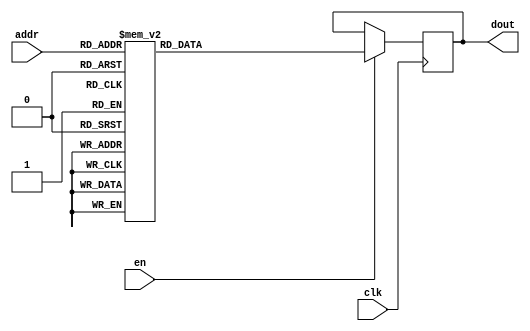
`timescale 1ns / 1ps
/*
Copyright
All right reserved.
Module Name: rom_syn
Author  : Zichuan Liu, Yixing Li and Wenye Liu.
Description:
A synthesized ROM: ROM_DEP x ROM_WID
*/
module EC_4_REF_SIGN_ROM_1(
// inputs
clk,
en,
addr,
// outputs
dout
);
localparam ROM_WID = 1;
localparam ROM_DEP = 256;
localparam ROM_ADDR = 8;
// input definition
input clk;
input en;
input [ROM_ADDR-1:0] addr;
// output definition
output [ROM_WID-1:0] dout;
reg [ROM_WID-1:0] data;
always @(posedge clk)
begin
if (en) begin
case(addr)
		8'd0: data <= 1'b1;
		8'd1: data <= 1'b1;
		8'd2: data <= 1'b1;
		8'd3: data <= 1'b1;
		8'd4: data <= 1'b1;
		8'd5: data <= 1'b1;
		8'd6: data <= 1'b1;
		8'd7: data <= 1'b1;
		8'd8: data <= 1'b1;
		8'd9: data <= 1'b1;
		8'd10: data <= 1'b1;
		8'd11: data <= 1'b1;
		8'd12: data <= 1'b1;
		8'd13: data <= 1'b1;
		8'd14: data <= 1'b1;
		8'd15: data <= 1'b1;
		8'd16: data <= 1'b1;
		8'd17: data <= 1'b1;
		8'd18: data <= 1'b1;
		8'd19: data <= 1'b1;
		8'd20: data <= 1'b1;
		8'd21: data <= 1'b1;
		8'd22: data <= 1'b1;
		8'd23: data <= 1'b1;
		8'd24: data <= 1'b1;
		8'd25: data <= 1'b1;
		8'd26: data <= 1'b1;
		8'd27: data <= 1'b1;
		8'd28: data <= 1'b1;
		8'd29: data <= 1'b1;
		8'd30: data <= 1'b1;
		8'd31: data <= 1'b1;
		8'd32: data <= 1'b1;
		8'd33: data <= 1'b1;
		8'd34: data <= 1'b1;
		8'd35: data <= 1'b1;
		8'd36: data <= 1'b1;
		8'd37: data <= 1'b1;
		8'd38: data <= 1'b1;
		8'd39: data <= 1'b1;
		8'd40: data <= 1'b1;
		8'd41: data <= 1'b1;
		8'd42: data <= 1'b1;
		8'd43: data <= 1'b1;
		8'd44: data <= 1'b1;
		8'd45: data <= 1'b1;
		8'd46: data <= 1'b1;
		8'd47: data <= 1'b1;
		8'd48: data <= 1'b1;
		8'd49: data <= 1'b1;
		8'd50: data <= 1'b1;
		8'd51: data <= 1'b1;
		8'd52: data <= 1'b1;
		8'd53: data <= 1'b1;
		8'd54: data <= 1'b1;
		8'd55: data <= 1'b1;
		8'd56: data <= 1'b1;
		8'd57: data <= 1'b1;
		8'd58: data <= 1'b1;
		8'd59: data <= 1'b1;
		8'd60: data <= 1'b1;
		8'd61: data <= 1'b1;
		8'd62: data <= 1'b1;
		8'd63: data <= 1'b1;
		8'd64: data <= 1'b1;
		8'd65: data <= 1'b1;
		8'd66: data <= 1'b1;
		8'd67: data <= 1'b1;
		8'd68: data <= 1'b1;
		8'd69: data <= 1'b1;
		8'd70: data <= 1'b1;
		8'd71: data <= 1'b1;
		8'd72: data <= 1'b1;
		8'd73: data <= 1'b1;
		8'd74: data <= 1'b1;
		8'd75: data <= 1'b1;
		8'd76: data <= 1'b1;
		8'd77: data <= 1'b1;
		8'd78: data <= 1'b1;
		8'd79: data <= 1'b1;
		8'd80: data <= 1'b1;
		8'd81: data <= 1'b1;
		8'd82: data <= 1'b1;
		8'd83: data <= 1'b1;
		8'd84: data <= 1'b1;
		8'd85: data <= 1'b1;
		8'd86: data <= 1'b1;
		8'd87: data <= 1'b1;
		8'd88: data <= 1'b1;
		8'd89: data <= 1'b1;
		8'd90: data <= 1'b1;
		8'd91: data <= 1'b1;
		8'd92: data <= 1'b1;
		8'd93: data <= 1'b1;
		8'd94: data <= 1'b1;
		8'd95: data <= 1'b1;
		8'd96: data <= 1'b1;
		8'd97: data <= 1'b1;
		8'd98: data <= 1'b1;
		8'd99: data <= 1'b1;
		8'd100: data <= 1'b1;
		8'd101: data <= 1'b1;
		8'd102: data <= 1'b1;
		8'd103: data <= 1'b1;
		8'd104: data <= 1'b1;
		8'd105: data <= 1'b1;
		8'd106: data <= 1'b1;
		8'd107: data <= 1'b1;
		8'd108: data <= 1'b1;
		8'd109: data <= 1'b1;
		8'd110: data <= 1'b1;
		8'd111: data <= 1'b1;
		8'd112: data <= 1'b1;
		8'd113: data <= 1'b1;
		8'd114: data <= 1'b1;
		8'd115: data <= 1'b1;
		8'd116: data <= 1'b1;
		8'd117: data <= 1'b1;
		8'd118: data <= 1'b1;
		8'd119: data <= 1'b1;
		8'd120: data <= 1'b1;
		8'd121: data <= 1'b1;
		8'd122: data <= 1'b1;
		8'd123: data <= 1'b1;
		8'd124: data <= 1'b1;
		8'd125: data <= 1'b1;
		8'd126: data <= 1'b1;
		8'd127: data <= 1'b1;
		8'd128: data <= 1'b1;
		8'd129: data <= 1'b1;
		8'd130: data <= 1'b1;
		8'd131: data <= 1'b1;
		8'd132: data <= 1'b1;
		8'd133: data <= 1'b1;
		8'd134: data <= 1'b1;
		8'd135: data <= 1'b1;
		8'd136: data <= 1'b1;
		8'd137: data <= 1'b1;
		8'd138: data <= 1'b1;
		8'd139: data <= 1'b1;
		8'd140: data <= 1'b1;
		8'd141: data <= 1'b1;
		8'd142: data <= 1'b1;
		8'd143: data <= 1'b1;
		8'd144: data <= 1'b1;
		8'd145: data <= 1'b1;
		8'd146: data <= 1'b1;
		8'd147: data <= 1'b1;
		8'd148: data <= 1'b1;
		8'd149: data <= 1'b1;
		8'd150: data <= 1'b1;
		8'd151: data <= 1'b1;
		8'd152: data <= 1'b1;
		8'd153: data <= 1'b1;
		8'd154: data <= 1'b1;
		8'd155: data <= 1'b1;
		8'd156: data <= 1'b1;
		8'd157: data <= 1'b1;
		8'd158: data <= 1'b1;
		8'd159: data <= 1'b1;
		8'd160: data <= 1'b1;
		8'd161: data <= 1'b1;
		8'd162: data <= 1'b1;
		8'd163: data <= 1'b1;
		8'd164: data <= 1'b1;
		8'd165: data <= 1'b1;
		8'd166: data <= 1'b1;
		8'd167: data <= 1'b1;
		8'd168: data <= 1'b1;
		8'd169: data <= 1'b1;
		8'd170: data <= 1'b1;
		8'd171: data <= 1'b1;
		8'd172: data <= 1'b1;
		8'd173: data <= 1'b1;
		8'd174: data <= 1'b1;
		8'd175: data <= 1'b1;
		8'd176: data <= 1'b1;
		8'd177: data <= 1'b1;
		8'd178: data <= 1'b1;
		8'd179: data <= 1'b1;
		8'd180: data <= 1'b1;
		8'd181: data <= 1'b1;
		8'd182: data <= 1'b1;
		8'd183: data <= 1'b1;
		8'd184: data <= 1'b1;
		8'd185: data <= 1'b1;
		8'd186: data <= 1'b1;
		8'd187: data <= 1'b1;
		8'd188: data <= 1'b1;
		8'd189: data <= 1'b1;
		8'd190: data <= 1'b1;
		8'd191: data <= 1'b1;
		8'd192: data <= 1'b1;
		8'd193: data <= 1'b1;
		8'd194: data <= 1'b1;
		8'd195: data <= 1'b1;
		8'd196: data <= 1'b1;
		8'd197: data <= 1'b1;
		8'd198: data <= 1'b1;
		8'd199: data <= 1'b1;
		8'd200: data <= 1'b1;
		8'd201: data <= 1'b1;
		8'd202: data <= 1'b1;
		8'd203: data <= 1'b1;
		8'd204: data <= 1'b1;
		8'd205: data <= 1'b1;
		8'd206: data <= 1'b1;
		8'd207: data <= 1'b1;
		8'd208: data <= 1'b1;
		8'd209: data <= 1'b1;
		8'd210: data <= 1'b1;
		8'd211: data <= 1'b1;
		8'd212: data <= 1'b1;
		8'd213: data <= 1'b1;
		8'd214: data <= 1'b1;
		8'd215: data <= 1'b1;
		8'd216: data <= 1'b1;
		8'd217: data <= 1'b1;
		8'd218: data <= 1'b1;
		8'd219: data <= 1'b1;
		8'd220: data <= 1'b1;
		8'd221: data <= 1'b1;
		8'd222: data <= 1'b1;
		8'd223: data <= 1'b1;
		8'd224: data <= 1'b1;
		8'd225: data <= 1'b1;
		8'd226: data <= 1'b1;
		8'd227: data <= 1'b1;
		8'd228: data <= 1'b1;
		8'd229: data <= 1'b1;
		8'd230: data <= 1'b1;
		8'd231: data <= 1'b1;
		8'd232: data <= 1'b1;
		8'd233: data <= 1'b1;
		8'd234: data <= 1'b1;
		8'd235: data <= 1'b1;
		8'd236: data <= 1'b1;
		8'd237: data <= 1'b1;
		8'd238: data <= 1'b1;
		8'd239: data <= 1'b1;
		8'd240: data <= 1'b1;
		8'd241: data <= 1'b1;
		8'd242: data <= 1'b1;
		8'd243: data <= 1'b1;
		8'd244: data <= 1'b1;
		8'd245: data <= 1'b1;
		8'd246: data <= 1'b1;
		8'd247: data <= 1'b1;
		8'd248: data <= 1'b1;
		8'd249: data <= 1'b1;
		8'd250: data <= 1'b1;
		8'd251: data <= 1'b1;
		8'd252: data <= 1'b1;
		8'd253: data <= 1'b1;
		8'd254: data <= 1'b1;
		8'd255: data <= 1'b1;
		endcase
		end
	end
	assign dout = data;
endmodule